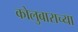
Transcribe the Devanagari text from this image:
कोलुबाराच्या